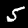
Label: 5